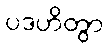
ပဒဟိတွာ